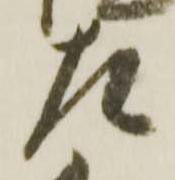
左